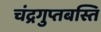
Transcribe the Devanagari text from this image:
चंद्रगुप्तबस्ति